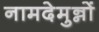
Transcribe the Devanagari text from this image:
नामदेमुन्नों